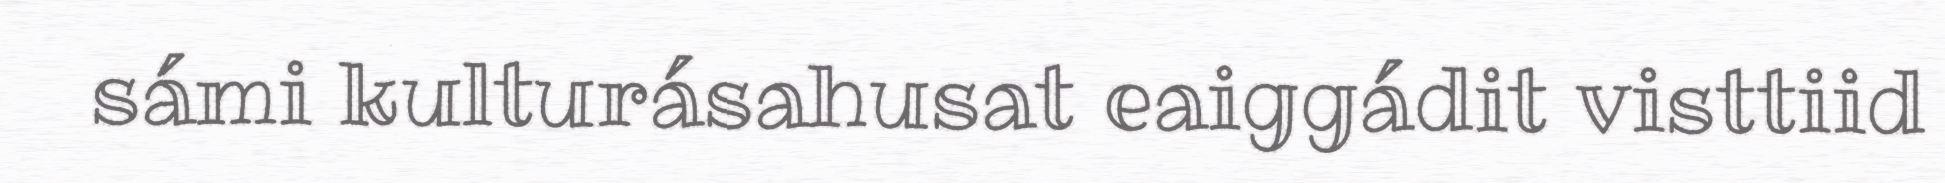
sámi kulturásahusat eaiggádit visttiid